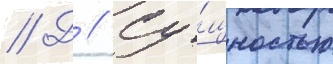
// Д // Су́щностью